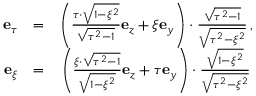
\begin{array} { r l r } { \mathbf { e } _ { \tau } } & { = } & { \left( \frac { \tau \cdot \sqrt { 1 - \xi ^ { 2 } } } { \sqrt { \tau ^ { 2 } - 1 } } \mathbf { e } _ { z } + \xi \mathbf { e } _ { y } \right) \cdot \frac { \sqrt { \tau ^ { 2 } - 1 } } { \sqrt { \tau ^ { 2 } - \xi ^ { 2 } } } \, , } \\ { \mathbf { e } _ { \xi } } & { = } & { \left( \frac { \xi \cdot \sqrt { \tau ^ { 2 } - 1 } } { \sqrt { 1 - \xi ^ { 2 } } } \mathbf { e } _ { z } + \tau \mathbf { e } _ { y } \right) \cdot \frac { \sqrt { 1 - \xi ^ { 2 } } } { \sqrt { \tau ^ { 2 } - \xi ^ { 2 } } } \, } \end{array}